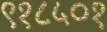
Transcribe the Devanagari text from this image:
९१८५०१